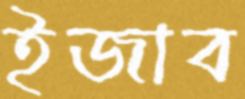
ইজাব